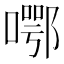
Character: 𱔜